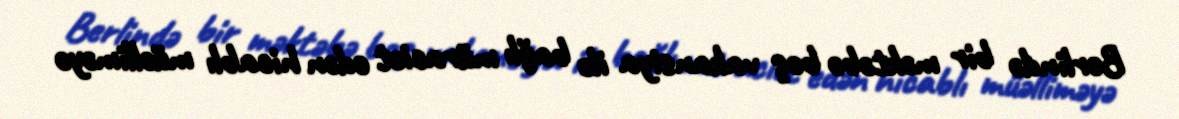
Berlində bir məktəbə boş vakansiya ilə bağlı müraciət edən hicablı müəlliməyə